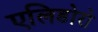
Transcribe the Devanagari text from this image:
एलिडोरो